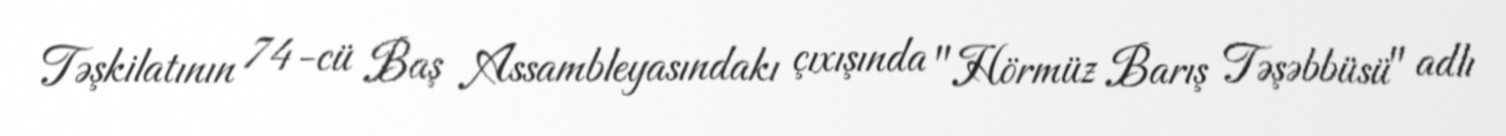
Təşkilatının 74-cü Baş Assambleyasındakı çıxışında "Hörmüz Barış Təşəbbüsü" adlı